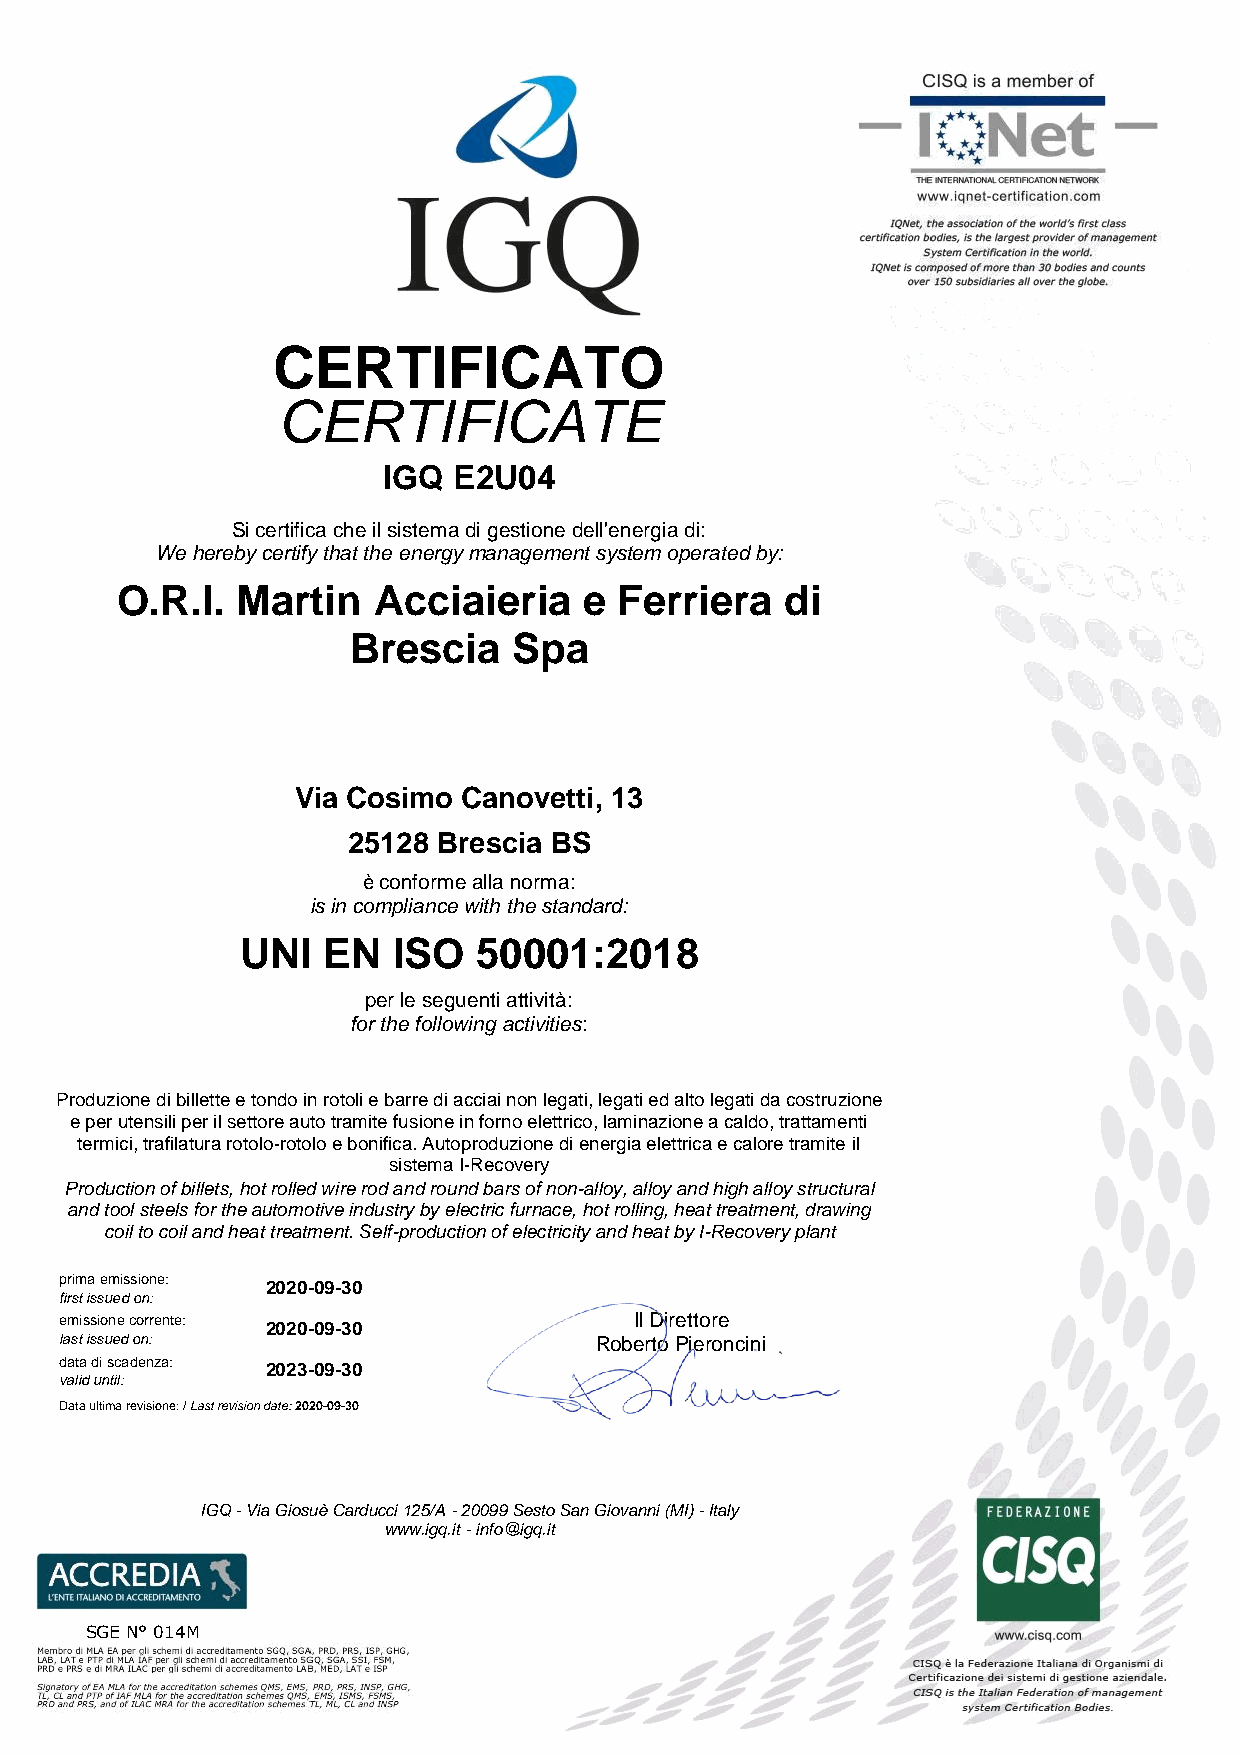
CERTIFICATO
 CERTIFICATE
 IGQ  E2U04
 Si certifica che il sistema di gestione dell'energia di:
 We hereby certify that the energy management system operated by:
 O.R.I.  Martin   Acciaieria    e Ferriera   di
 Brescia    Spa
 Via Cosimo Canovetti, 13
 25128 Brescia BS
 è conforme alla norma:
 is in compliance with the standard:
 UNI  EN   ISO  50001:2018
 per le seguenti attività:
 for the following activities:
 Produzione di billette e tondo in rotoli e barre di acciai non legati, legati ed alto legati da costruzione
 e per utensili per il settore auto tramite fusione in forno elettrico, laminazione a caldo, trattamenti
 termici, trafilatura rotolo-rotolo e bonifica. Autoproduzione di energia elettrica e calore tramite il
 sistema I-Recovery
 Production of billets, hot rolled wire rod and round bars of non-alloy, alloy and high alloy structural
 and tool steels for the automotive industry by electric furnace, hot rolling, heat treatment, drawing
 coil to coil and heat treatment. Self-production of electricity and heat by I-Recovery plant
 prima emissione:
 2020-09-30
 first issued on:
 emissione corrente:                   Il Direttore
 2020-09-30
 last issued on:                    Roberto Pieroncini
 data di scadenza:
 2023-09-30
 valid until:
 Data ultima revisione: / Last revision date: 2020-09-30
 IGQ - Via Giosuè Carducci 125/A - 20099 Sesto San Giovanni (MI) - Italy
 www.igq.it - info@igq.it
 SGE N° 014M